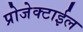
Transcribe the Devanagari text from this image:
प्रोजेक्टाईल